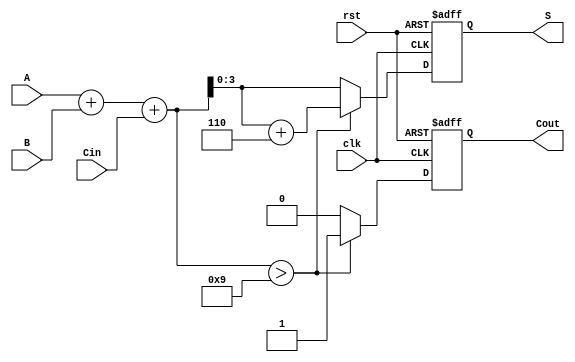
module BCD_Synchronous_Adder (
    input wire [3:0] A,       // First BCD digit
    input wire [3:0] B,       // Second BCD digit
    input wire Cin,           // Carry-in for multi-digit addition
    input wire clk,           // Clock signal
    input wire rst,           // Reset signal
    output reg [3:0] S,       // BCD result
    output reg Cout           // Carry-out signal
);

    reg [4:0] Sum;            // 5-bit sum to hold A + B + Cin

    always @(posedge clk or posedge rst) begin
        if (rst) begin
            S <= 4'b0000;      // Reset BCD result
            Cout <= 1'b0;     // Reset carry-out
        end else begin
            // Step 1: Binary addition
            Sum = A + B + Cin; // Add A, B, and Cin
            
            // Step 2: BCD Correction
            if (Sum > 9) begin
                Sum = Sum + 5'b00110; // Add 6 to correct BCD
                Cout <= 1'b1;          // Set carry-out
            end else begin
                Cout <= 1'b0;          // Clear carry-out
            end
            
            // Step 3: Assign the result (lower 4 bits)
            S <= Sum[3:0];
        end
    end

endmodule